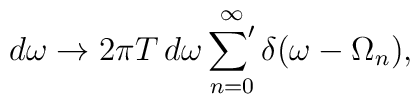
d\omega\to2\pi T\,d\omega\mathop{{\sum}'}\limits_{n=0}^{\infty}\delta(\omega-\Omega_n),